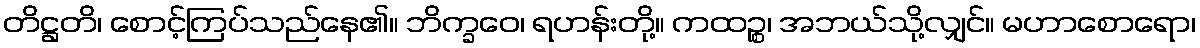
တိဋ္ဌတိ၊ စောင့်ကြပ်သည်နေ၏။ ဘိက္ခဝေ၊ ရဟန်းတို့။ ကထဉ္စ၊ အဘယ်သို့လျှင်။ မဟာစောရော၊